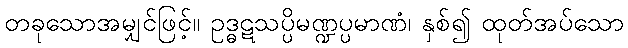
တခုသောအမျှင်ဖြင့်။ ဥဒ္ဓဋသပ္ပိမဏ္ဍပ္ပမာဏံ၊ နှစ်၍ ထုတ်အပ်သော